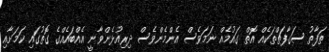
ތަފާތު ސަގާފަތްތަކެއް އޮތް ގައުމެއް ނަމަވެސް އެންމެންވެސް ދިރިއުޅެންވާނީ އެއްބައެއްގެ ގޮތުގައި ކަމަށާއި